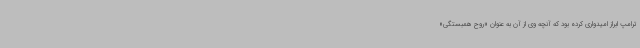
ترامپ ابراز امیدواری کرده بود که آنچه وی از آن به عنوان «روح همبستگی»